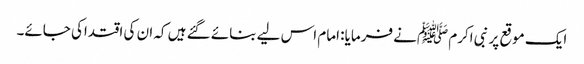
ایک موقع پر نبی اکرم ﷺنے فرمایا: امام اس لیے بنائے گئے ہیں کہ ان کی اقتداکی جائے۔